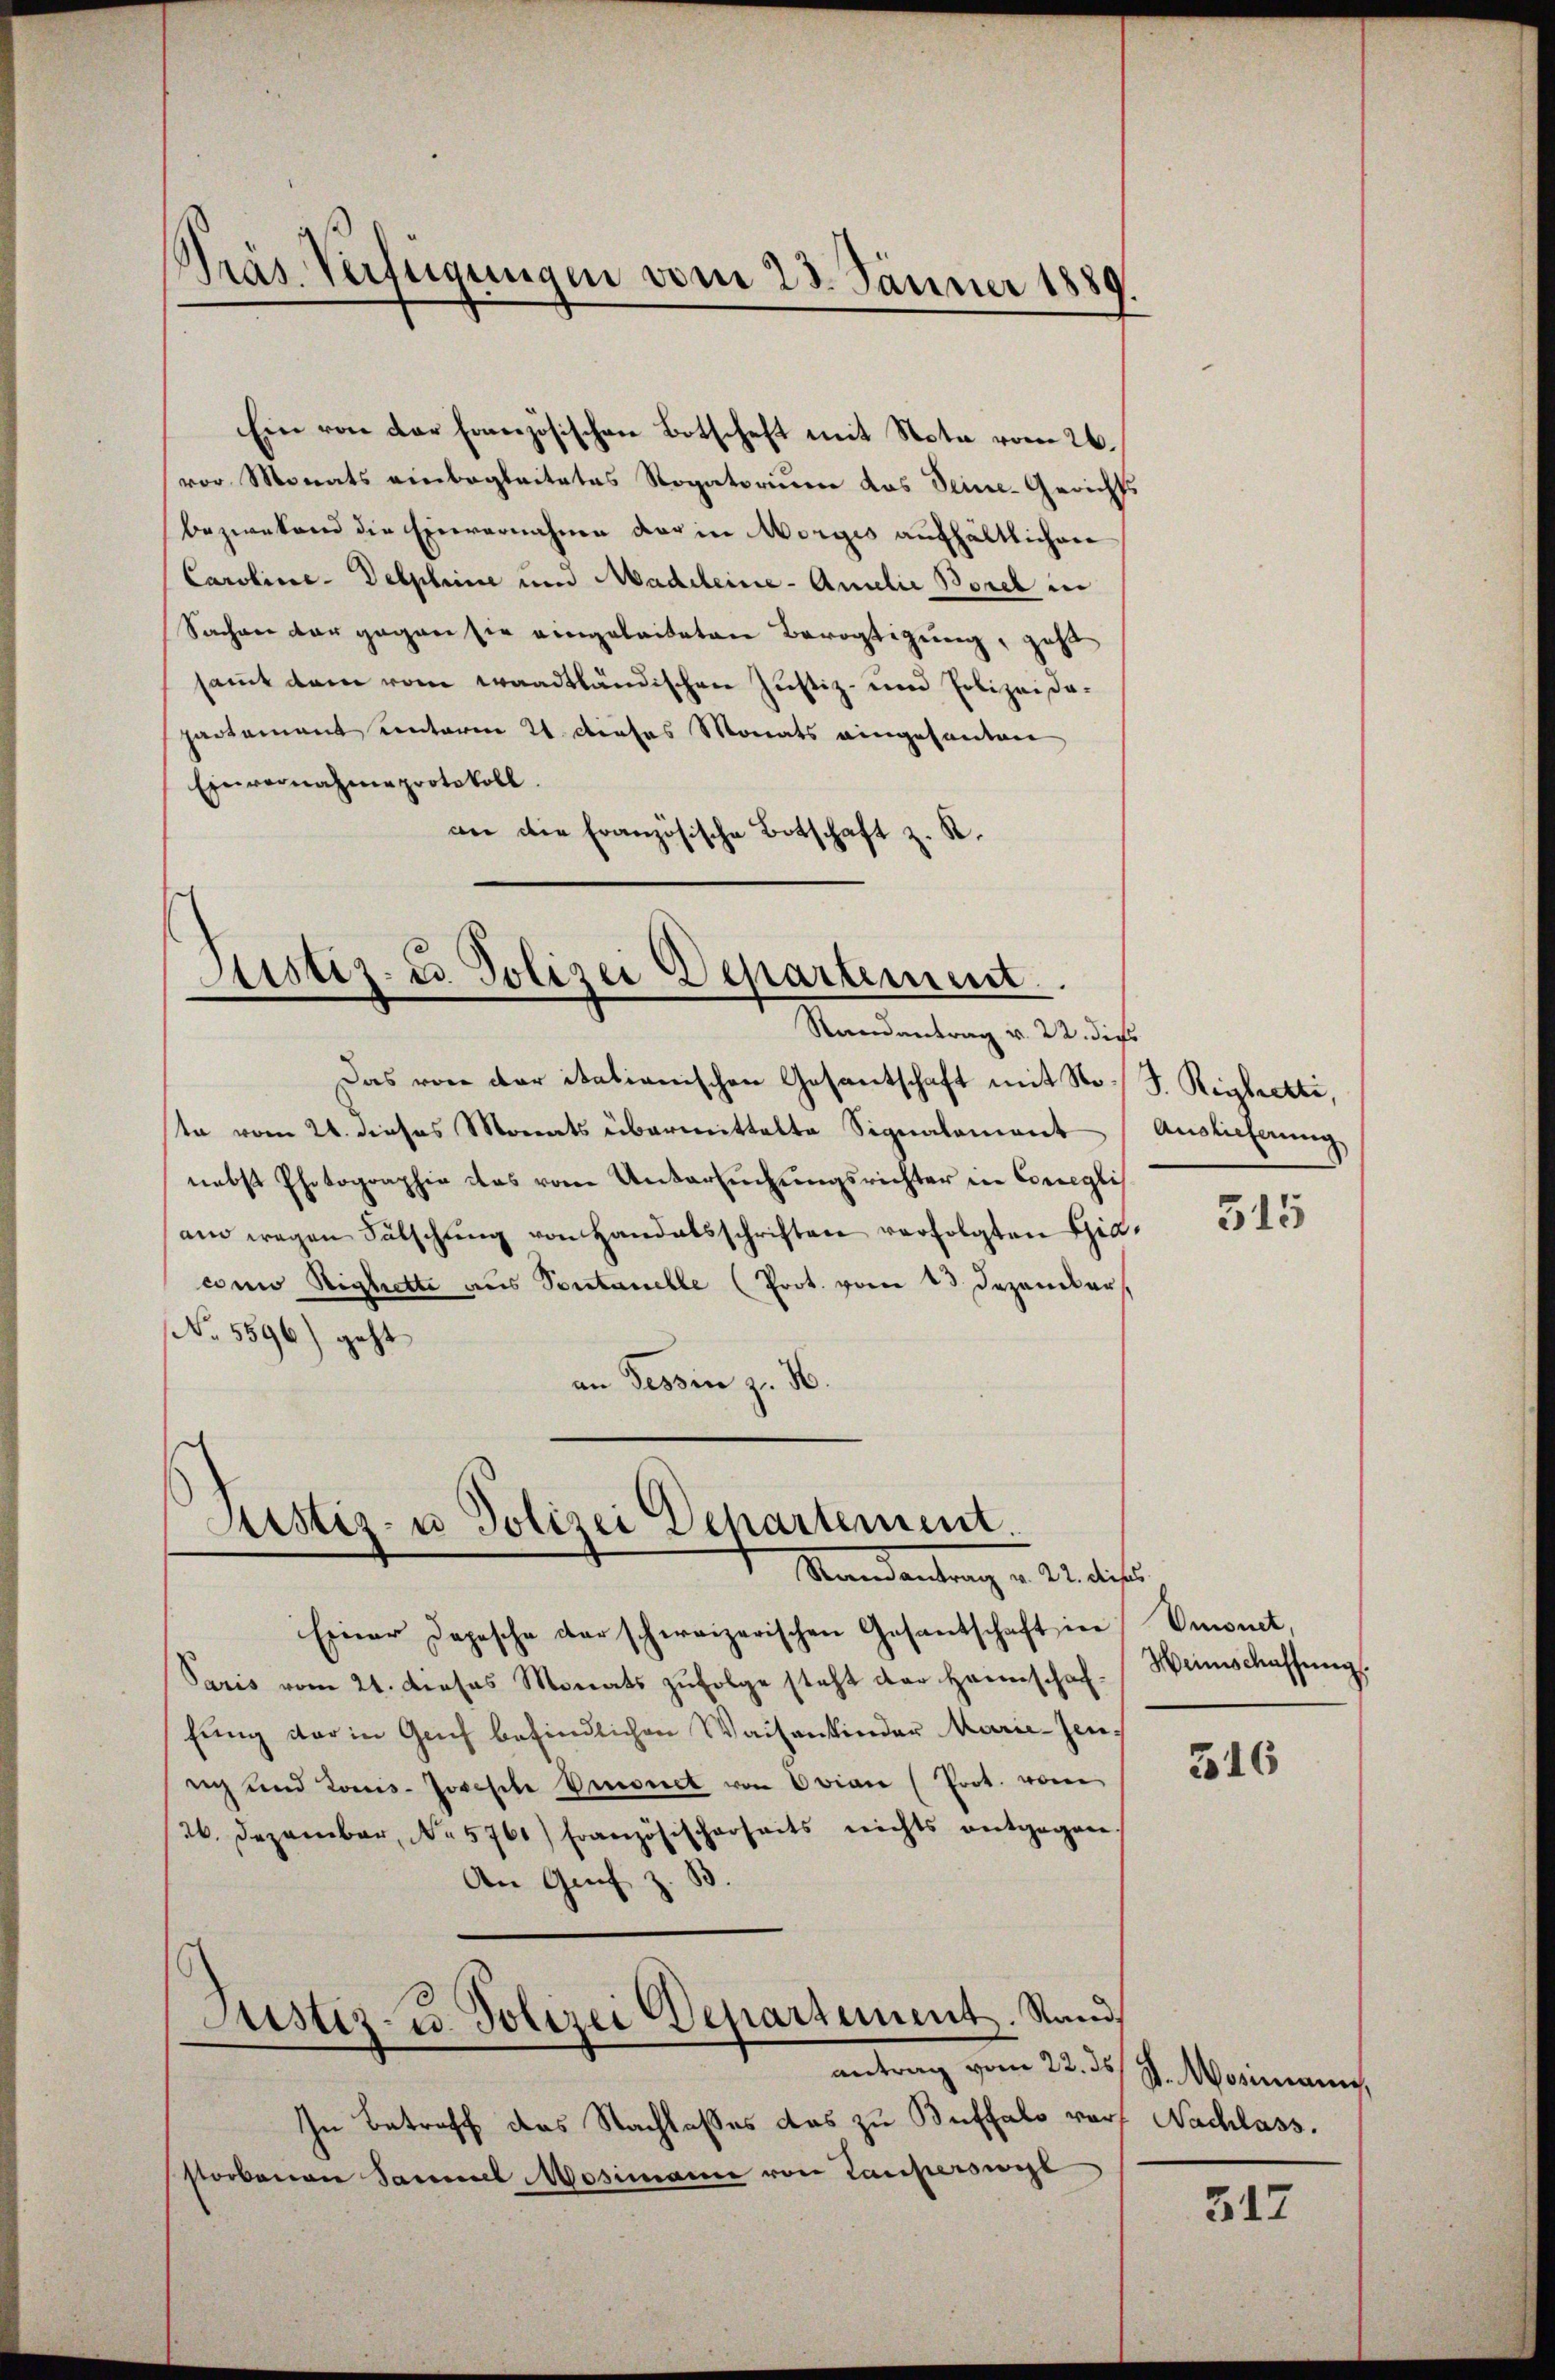
vor Monats einbegleitetes Rogatorium das Deine-Gerichts
bezweckend die Einvernahme der in Morges aufhältlichen
Caroline-Delphine und Madeleine-Amelić Borel in
Sachen der gegen sie eingeleiteten Bevogtigung, zahl
samt dem vom waadtländischen Justiz- und Polizeisopartement centaren 21. dieses Monats eingesanten
Einvernahme protokoll.
an die Französische Botschaft z. R.

Pras Verfügungen vom 23. Jänner 1889.

Ein von der Französischen Botschaft mit Nota vom 26.

Siustiz- u. Polizei Departement.
Randantrag v. 22. dies

Das von der itationischen Gesantschaft mit No. S. Reibrette,
ste vom 21. dieses Monats übermittelte Signalement
nebst Photographie das vom Untersuchungsrichter in Concegli
am wegen Fälschŭng von Handalsschriften verfolgten Gia-
conio Sighette aus Sontanelle (Prot. vom 13. Dezember.
No. 5596) geht
an Tessin z. H.

Justiz- u Polizei Departement.
Mandantung u. 12. des

Einer Depesche darschweizerischen Gesantschaft in Emonet,
Paris vom 21. dieses Monats zŭfolge steht der Heimschaf-Weinschaffŭng.
fung der in Genf befindlichen Waisenkinder Marie-Jeneich und Louis-Jokesche Dmonet von Ovian (Prot. von
26. Dezember, No 5761) Französischerheits nichts entgegen¬
An Grif z. B
Justiz- u. Polizei Departement. Stand
antrag vom 22. ds. v. Mosimann,
In Betreff das Nachlasses das zu Buffalo vor, Nachlass.
storbenen Sammel Mosimann von Lauperswyl

Auslieferung

315

316

312